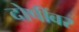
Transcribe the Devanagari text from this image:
दोषींवर